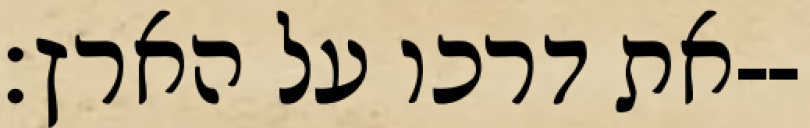
את דרכו על הארץ׃--